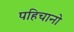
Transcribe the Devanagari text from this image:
पहिचानो